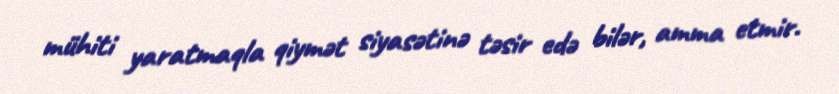
mühiti yaratmaqla qiymət siyasətinə təsir edə bilər, amma etmir.